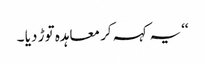
‘‘یہ کہہ کر معاہدہ توڑ دیا ۔